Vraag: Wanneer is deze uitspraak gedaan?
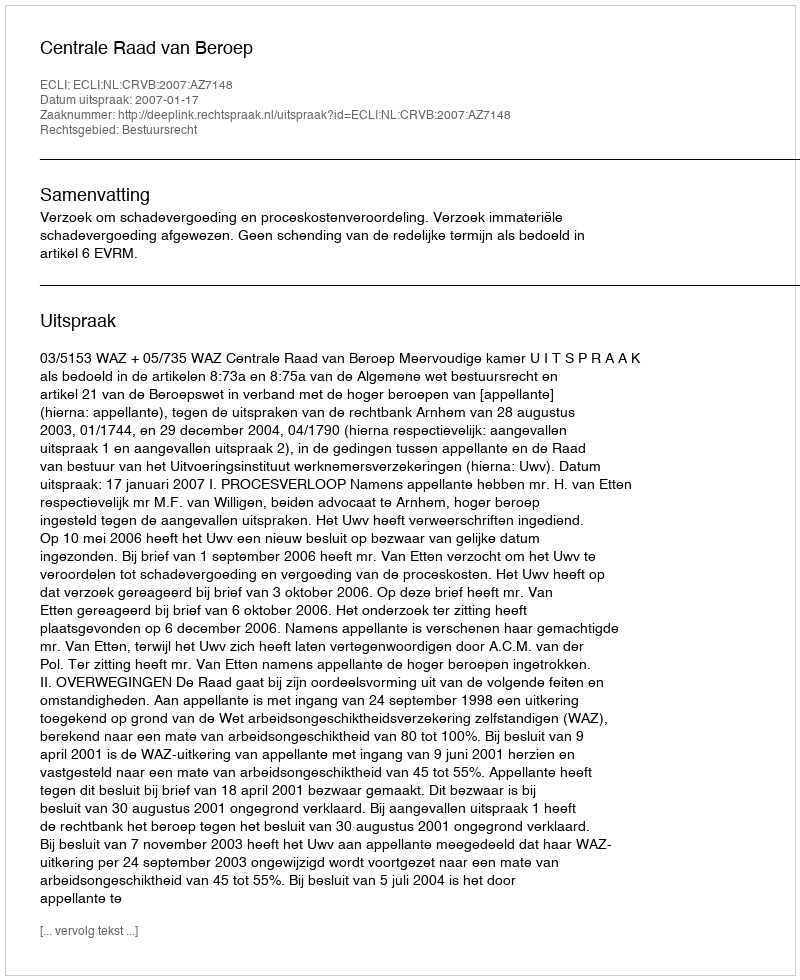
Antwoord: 2007-01-17